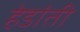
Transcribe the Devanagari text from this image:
हेडांती